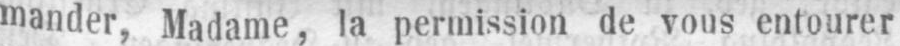
mander, Madame, la permission de vous entourer